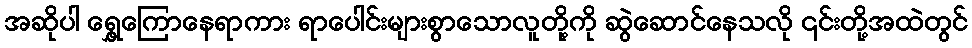
အဆိုပါ ရွှေ့ကြောနေရာကား ရာပေါင်းများစွာသောလူတို့ကို ဆွဲဆောင်နေသလို ၎င်းတို့အထဲတွင်